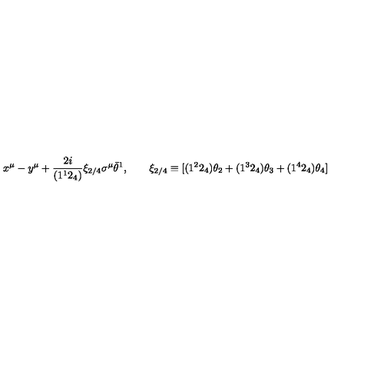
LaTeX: x ^ { \mu } - y ^ { \mu } + \frac { 2 i } { ( 1 ^ { 1 } 2 _ { 4 } ) } \xi _ { 2 / 4 } \sigma ^ { \mu } \bar { \theta } ^ { 1 } , \qquad \xi _ { 2 / 4 } \equiv [ ( 1 ^ { 2 } 2 _ { 4 } ) \theta _ { 2 } + ( 1 ^ { 3 } 2 _ { 4 } ) \theta _ { 3 } + ( 1 ^ { 4 } 2 _ { 4 } ) \theta _ { 4 } ]